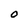
Character: O